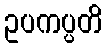
ဥပကပ္ပတိ